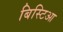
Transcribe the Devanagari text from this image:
बिस्टिआ